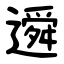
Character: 䢬